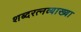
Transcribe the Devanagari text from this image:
शब्दरत्नव्याख्या